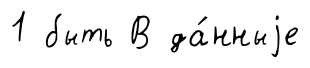
1 быть В да́нныjе